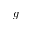
g